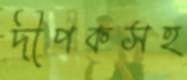
দীপকসহ